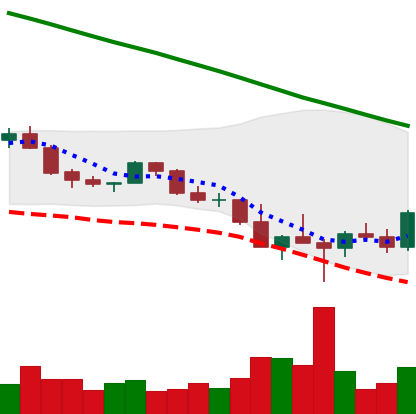
Ticker: ADA-USD
Chart end date: 2022-02-28
Forward return: -9.81%
Label: down_7plus